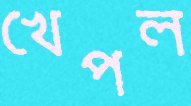
খেপল